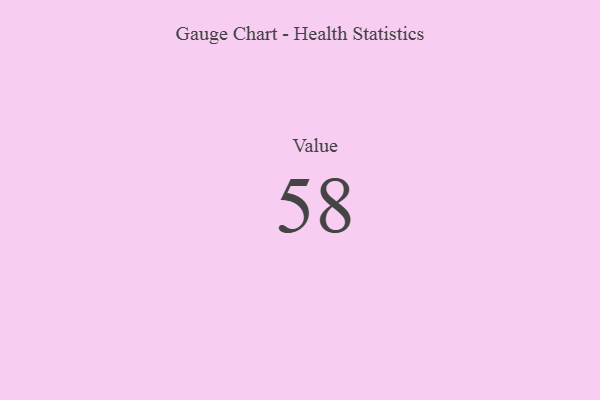
{"axis": {"x": "Metric", "y": "Value"}, "legend": [""], "data": [{"x": "Value", "y": 58, "type": ""}]}